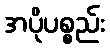
အပိုပစ္စည်း